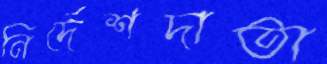
নির্দেশদাতা